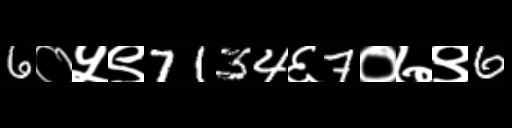
Text: 6०५९7134६7०७९6